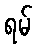
ရမ်